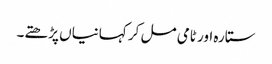
ستارہ اور ٹامی مل کر کہانیاں پڑھتے۔